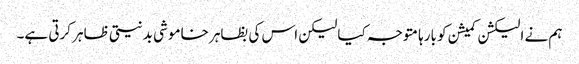
ہم نے الیکشن کمیشن کو بارہا متوجہ کیا لیکن اس کی بظاہر خاموشی بدنیتی ظاہر کرتی ہے۔